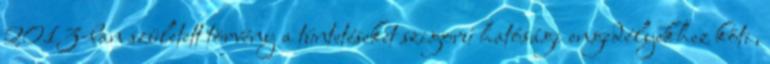
2013-ban született törvény a tüntetéseket szigorú hatósági engedélyekhez köti,